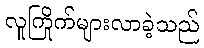
လူကြိုက်များလာခဲ့သည်